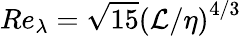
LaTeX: \textit{Re}_{\lambda}=\sqrt{15}\left(\mathcal{L}/\eta\right)^{4/3}